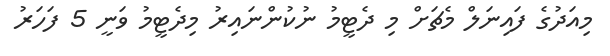
މިއަދުގެ ފައިނަލް މެޗަށް މި ދެޓީމު ނުކުންނައިރު މިދެޓީމު ވަނީ 5 ފަހަރު